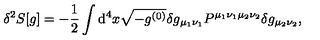
\delta ^ { 2 } S [ g ] = - \frac 1 2 \int \mathrm { d } ^ { 4 } x \sqrt { - g ^ { ( 0 ) } } \delta g _ { \mu _ { 1 } \nu _ { 1 } } P ^ { \mu _ { 1 } \nu _ { 1 } \mu _ { 2 } \nu _ { 2 } } \delta g _ { \mu _ { 2 } \nu _ { 2 } } ,